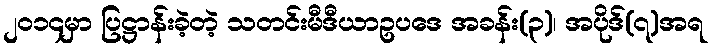
၂၀၁၄မှာ ပြဋ္ဌာန်းခဲ့တဲ့ သတင်းမီဒီယာဥပဒေ အခန်း(၃)၊ အပိုဒ်(၇)အရ